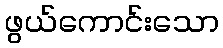
ဖွယ်ကောင်းသော